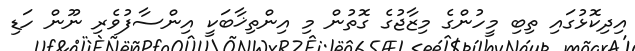
އިދިކޮޅުގައި ތިބި މީހުންގެ މިޒާޖުގެ ގޮތުން މި އިންތިޚާބަކީ އިންސާފުވެރި ނޫން ހަޑި